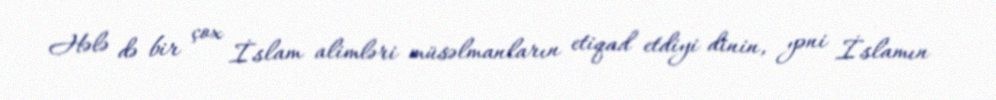
Hələ də bir çox İslam alimləri müsəlmanların etiqad etdiyi dinin, yəni İslamın